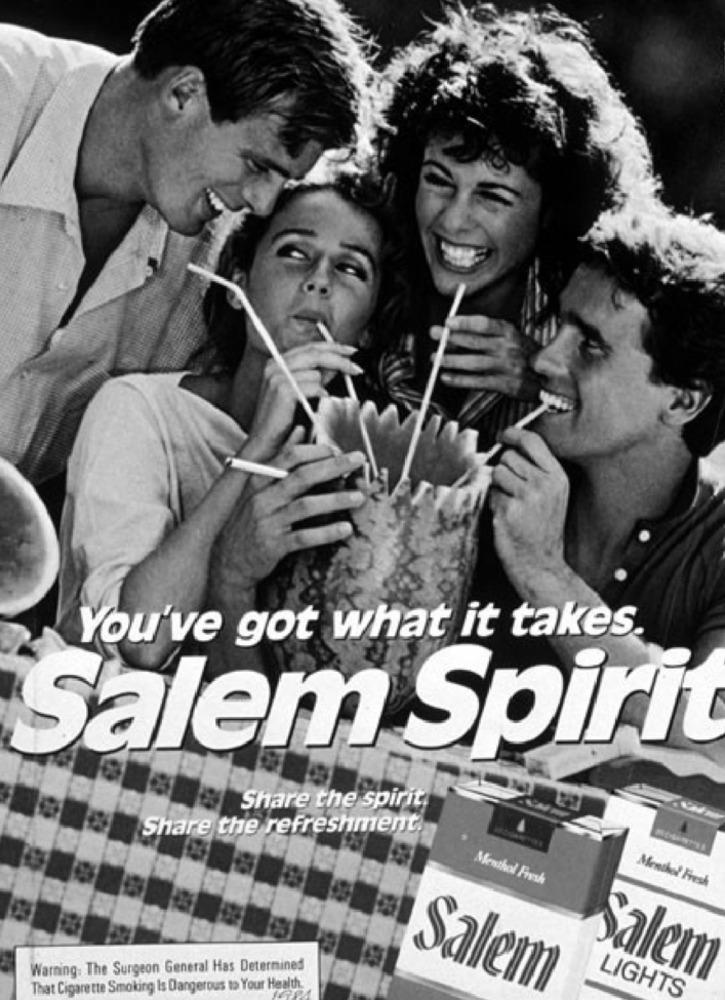
You've got what it takes.
Salem Spirit
Share the spirit
Share the refreshment.
Menthol Fiush
Menthol Fiesh
Warning: The Surgeon General Has Determined
Salem
That Cigarette Smoking Is Dangerous to Your Health.
Salem
LIGHTS